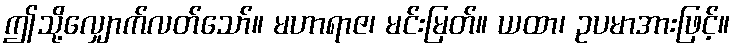
ဤသို့လျှောက်လတ်သော်။ မဟာရာဇ၊ မင်းမြတ်။ ယထာ၊ ဥပမာအားဖြင့်။